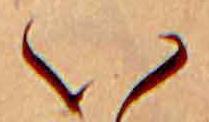
い